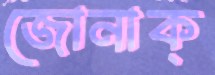
জোনাক্